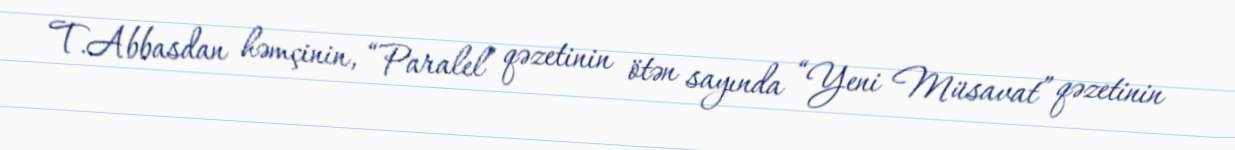
T.Abbasdan həmçinin, “Paralel” qəzetinin ötən sayında “Yeni Müsavat” qəzetinin